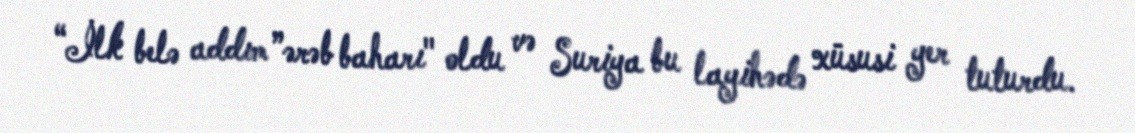
“İlk belə addım ”ərəb baharı" oldu və Suriya bu layihədə xüsusi yer tuturdu.